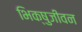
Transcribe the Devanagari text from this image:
भिक्षुजीवन